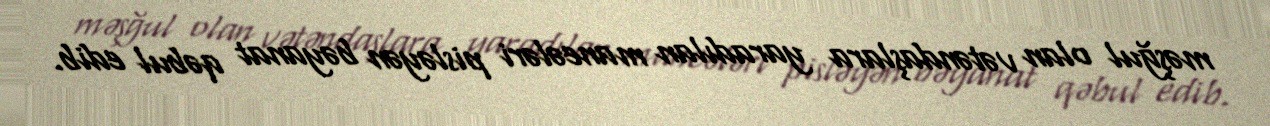
məşğul olan vətəndaşlara yaradılan maneələri pisləyən bəyanat qəbul edib.